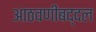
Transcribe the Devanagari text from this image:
आठवणींबद्दल